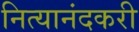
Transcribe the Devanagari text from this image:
नित्यानंदकरी